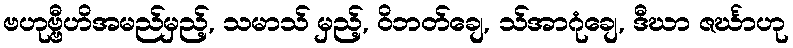
ဗဟုဗ္ဗီဟိအမည်မှည့်, သမာသ် မှည့်, ဝိဘတ်ချေ, သ်အာဂုံချေ, ဒီဃာ ဇင်္ဃာဟု